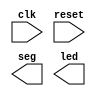
`timescale 1ns / 1ps
//////////////////////////////////////////////////////////////////////////////////
// Company: 
// Engineer: 
// 
// Design Name: 
// Module Name: Basys3
// Project Name: 
// Target Devices: 
// Tool Versions: 
// Description: 
// 
// Dependencies: 
// 
// Revision:
// Revision 0.01 - File Created
// Additional Comments:
// 
//////////////////////////////////////////////////////////////////////////////////


module Basys3(
    input clk,
    input reset,
    output [7:0] seg,
    output [15:0] led

);
endmodule